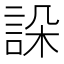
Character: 𧧨